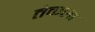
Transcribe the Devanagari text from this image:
तेकला